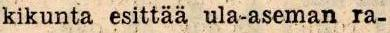
kikunta esittää ula-aseman ra-